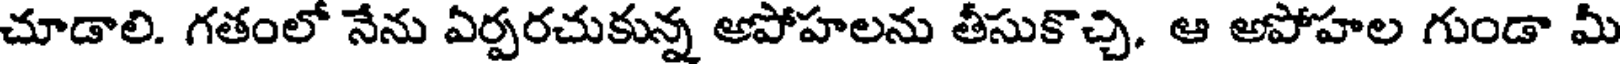
చూడాలి. గతంలో నేను ఏర్పరచుకున్న అపోహలను తీసుకొచ్చి. ఆ అపోహల గుండా మీ